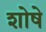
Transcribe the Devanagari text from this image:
शोषे